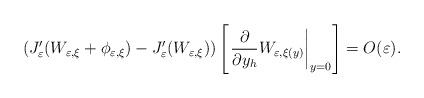
\begin{align*}\left( J_{\varepsilon}^{\prime}(W_{\varepsilon,\xi}+\phi_{\varepsilon,\xi})-J_{\varepsilon}^{\prime}(W_{\varepsilon,\xi})\right) \left[ \left.\frac{\partial}{\partial y_{h}}W_{\varepsilon,\xi(y)}\right\vert_{y=0}\right] =O(\varepsilon).\end{align*}